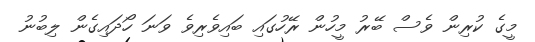
މީގެ ކުރިން ވެސް ބޭރު މީހުން ރޭހުގައި ބައިވެރިވެ ވަނަ ހޯދައިގެން ލިބުނު